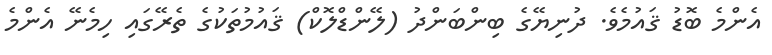
އެންމެ ބޮޑު ޤައުމެވެ. ދުނިޔޭގެ ބިންބަންދު (ލޭންޑްލޮކް) ޤައުމުތަކުގެ ތެރޭގައި ހިމެނޭ އެންމެ